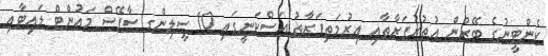
ކެންޓީނުގެ ބޭރުން އުތުރުފަރާތާއި އިރުމަތިފަރާތު އަސްކަނީގައި 10 ސީލިންގ ސާފޭސް މައުންޓް ލައިޓާއި